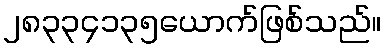
၂၈၃၃၄၁၃၅ယောက်ဖြစ်သည်။